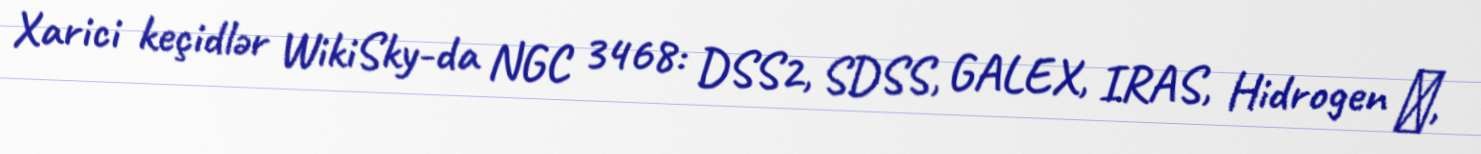
Xarici keçidlər WikiSky-da NGC 3468: DSS2, SDSS, GALEX, IRAS, Hidrogen α,